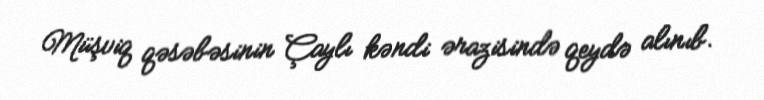
Müşviq qəsəbəsinin Çaylı kəndi ərazisində qeydə alınıb.